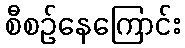
စီစဉ်နေကြောင်း